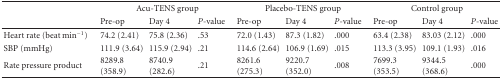
<table><thead><tr><td></td><td colspan="3"><b>Acu-TENS group</b></td><td colspan="3"><b>Placebo-TENS group</b></td><td colspan="3"><b>Control group</b></td></tr><tr><td></td><td><b>Pre-op</b></td><td><b>Day 4</b></td><td><b><i>P</i>-value</b></td><td><b>Pre-op</b></td><td><b>Day 4</b></td><td><b><i>P</i>-value</b></td><td><b>Pre-op</b></td><td><b>Day 4</b></td><td><b><i>P</i>-value</b></td></tr></thead><tbody><tr><td>Heart rate (beat min<sup>−1</sup>)</td><td>74.2 (2.41)</td><td>75.8 (2.36)</td><td> .53</td><td>72.0 (1.43)</td><td>87.3 (1.82)</td><td> .000</td><td>63.4 (2.38)</td><td>83.03 (2.12)</td><td> .000</td></tr><tr><td>SBP (mmHg)</td><td>111.9 (3.64)</td><td>115.9 (2.94)</td><td> .21</td><td>114.6 (2.64)</td><td>106.9 (1.69)</td><td> .015</td><td>113.3 (3.95)</td><td>109.1 (1.93)</td><td> .016</td></tr><tr><td>Rate pressure product</td><td>8289.8 (358.9)</td><td>8740.9 (282.6)</td><td> .21</td><td>8261.6 (275.3)</td><td>9220.7 (352.0)</td><td> .008</td><td>7699.3 (353.5)</td><td>9344.5 (368.6)</td><td> .000</td></tr></tbody></table>